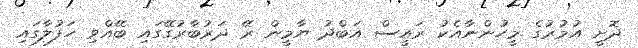
ދޮށީ އުމުރުގެ މީހުންނާއެކު ރައީސް އަބްދު ޔާމީން ރޭ ދަރުބާރުގޭގައި ބޭއްވި ހަފުލާގައި